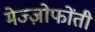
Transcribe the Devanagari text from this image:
मेज्ज़ोफोंती